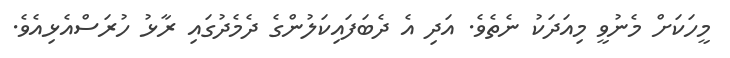
މީހަކަށް މެނުވީ މިއަދަކު ނެތެވެ. އަދި އެ ދެބަފައިކަލުންގެ ދެމެދުގައި ރާޅު ހުރަސްއެޅިއެވެ.